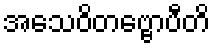
အသေဝိတဗ္ဗောပီတိ